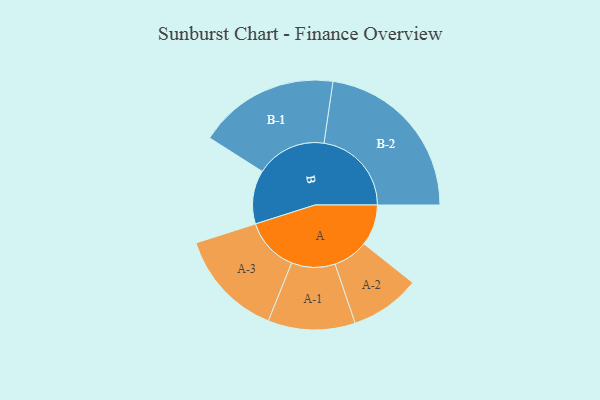
{"axis": {"x": "Segment", "y": "Value"}, "legend": ["", "A", "B"], "data": [{"x": "A", "y": 135, "type": ""}, {"x": "B", "y": 176, "type": ""}, {"x": "A-1", "y": 143, "type": "A"}, {"x": "A-2", "y": 115, "type": "A"}, {"x": "A-3", "y": 177, "type": "A"}, {"x": "B-1", "y": 231, "type": "B"}, {"x": "B-2", "y": 287, "type": "B"}]}